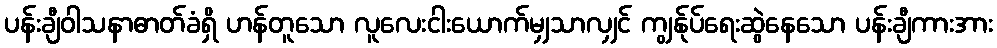
ပန်းချီဝါသနာဓာတ်ခံရှိ ဟန်တူသော လူလေးငါးယောက်မျှသာလျှင် ကျွန်ုပ်ရေးဆွဲနေသော ပန်းချီကားအား